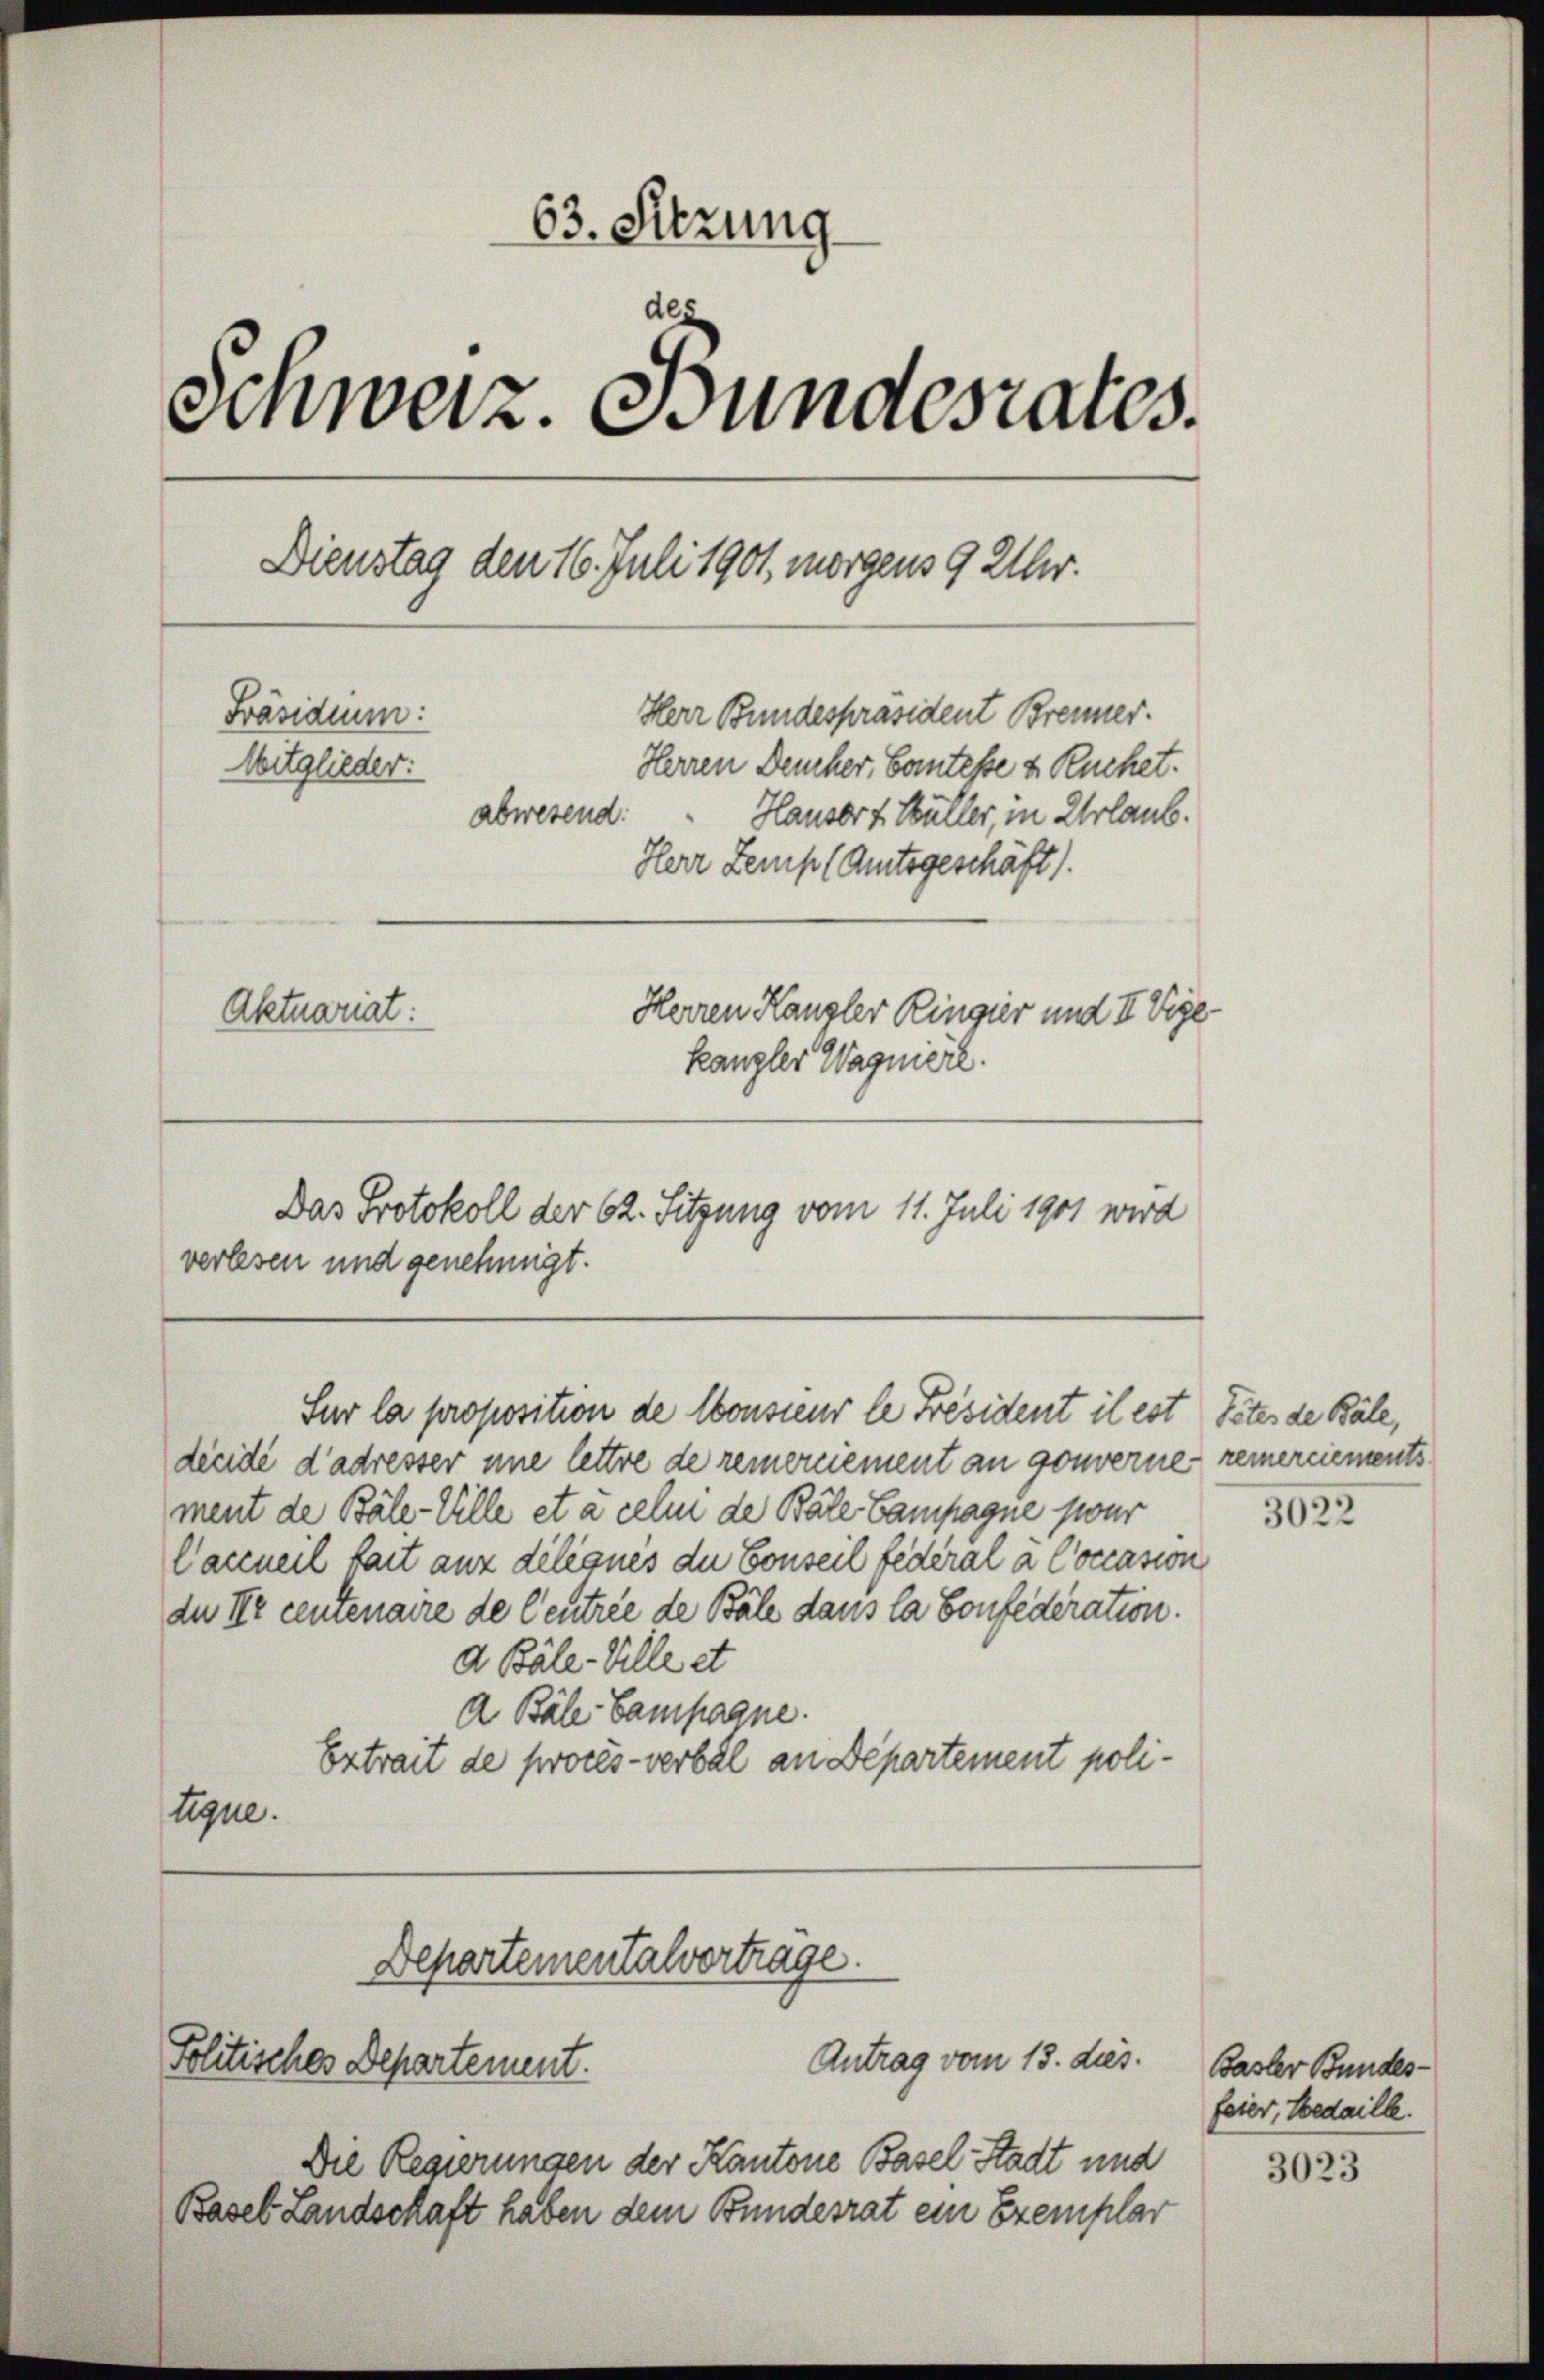
63. Sitzung
Schweiz. Bundesrates.
Dienstag den 16. Juli 1901, morgens 9 Uhr.
Herr Bundespräsident Brenner.
Präsidium:
Mitglieder:
Herren Deucher, Bantesse u. Ruchet.
abwesend:
Hauser 4. Müller, in Urlaub.
Herr Zemp (Amtsgeschäft).
Herren Kanzler Ringier und II Vize-
Aktuariat:
kangler Wagniere.

Das Protokoll der 62. Sitzung vom 11. Juli 1901 wird

decidé d’adresser une lettre de remerciement an gouverne remerciements
ment de Bäle-Ville et à celui de Bale Campagne swur
Caccneil fait aux délégués du Conseil federal à Coccasion
du Ir centenaire de Centrie de Bäle dans la Confederation.
d Bäle-Ville et
A Bäle Campagne.
Extrait de procès-verbal an Departement politique.

verlesen und genehmigt.

Sur la proposition de Consieur le Präsident il est Peter de Bäle,

Departementalvertrage.
Antrag vom 13. ds.
Politisches Departement.

Die Regierungen der Kantone Basel Stadt und
Basel Landschaft haben dem Bundesrat ein Exemplar

3022

Basler Bundes
feier, Medaille.

3023